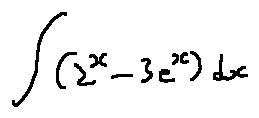
\int ( 2 ^ { x } - 3 e ^ { x } ) d x